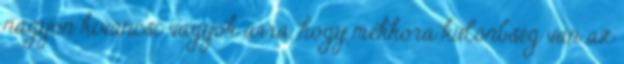
nagyon kíváncsi vagyok arra, hogy mekkora különbség van az